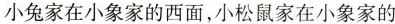
小兔家在小象家的西面，小松鼠家在小象家的